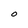
Character: O